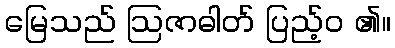
မြေသည် ဩဇာဓါတ် ပြည့်ဝ ၏။